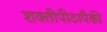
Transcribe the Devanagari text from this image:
शक्तीपीठापैकी